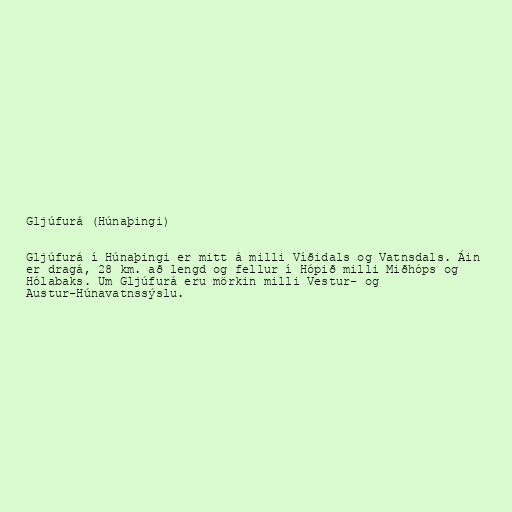
Gljúfurá (Húnaþingi)

Gljúfurá í Húnaþingi er mitt á milli Víðidals og Vatnsdals. Áin
er dragá, 28 km. að lengd og fellur í Hópið milli Miðhóps og
Hólabaks. Um Gljúfurá eru mörkin milli Vestur- og
Austur-Húnavatnssýslu.